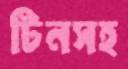
টিনসহ